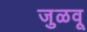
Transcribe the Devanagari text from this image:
जुळवू